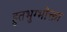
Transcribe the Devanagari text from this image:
हुतभुग्भोक्ता